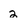
Character: 2